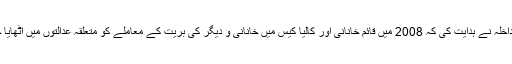
وزیرداخلہ نے ہدایت کی کہ 2008 میں قائم خانانی اور کالیا کیس میں خانانی و دیگر کی بریت کے معاملے کو متعلقہ عدالتوں میں اٹھایا جائے۔